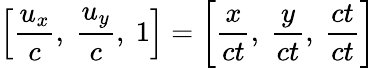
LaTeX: \left[{\frac{u_{x}}{c}},\ {\frac{u_{y}}{c}},\ 1\right]=\left[{\frac{x}{ct}},\ {\frac{y}{ct}},\ {\frac{ct}{ct}}\right]